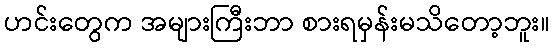
ဟင်းတွေက အများကြီးဘာ စားရမှန်းမသိတော့ဘူး။